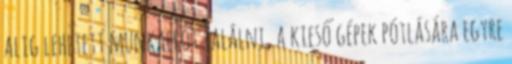
alig lehetett munkaerőt találni, a kieső gépek pótlására egyre